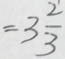
= 3 \frac { 2 } { 3 }